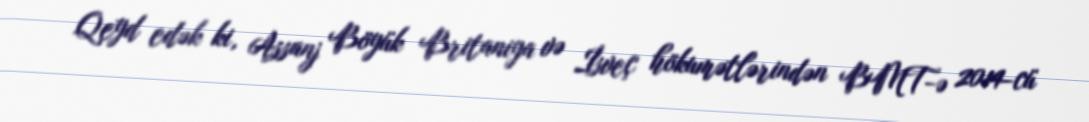
Qeyd edək ki, Assanj Böyük Britaniya və İsveç hökumətlərindən BMT-ə 2014-cü